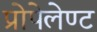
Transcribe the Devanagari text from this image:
प्रोपेलेण्ट